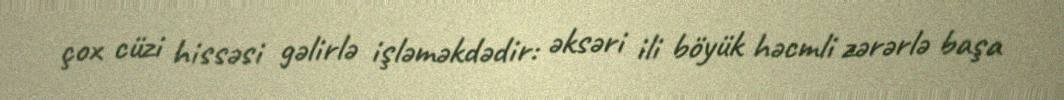
çox cüzi hissəsi gəlirlə işləməkdədir: əksəri ili böyük həcmli zərərlə başa